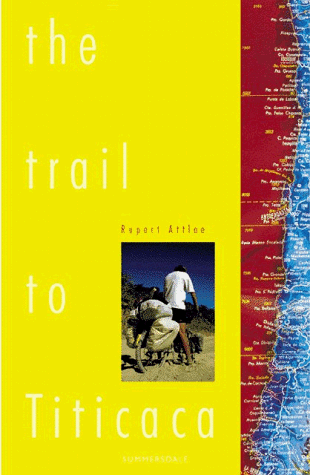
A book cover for The Trail to Titicaca: A Journey Through South America; Rupert Attlee; Travel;